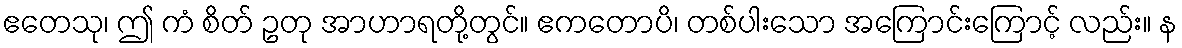
ဧတေသု၊ ဤ ကံ စိတ် ဥတု အာဟာရတို့တွင်။ ဧကတောပိ၊ တစ်ပါးသော အကြောင်းကြောင့် လည်း။ န